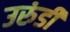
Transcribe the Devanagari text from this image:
उरुंडी